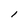
Character: l